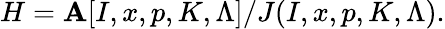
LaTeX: H=\mathbf{A}[I,x,p,K,\Lambda]/J(I,x,p,K,\Lambda).